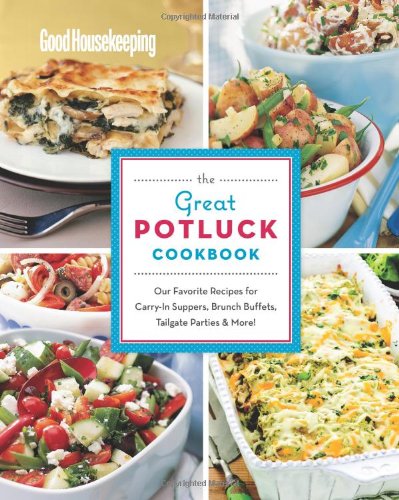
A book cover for Good Housekeeping The Great Potluck Cookbook: Our Favorite Recipes for Carry-In Suppers, Brunch Buffets, Tailgate Parties & More!; Cookbooks, Food & Wine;